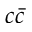
c \bar { c }